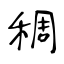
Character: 稠